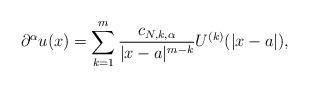
LaTeX: \begin{align*}{\partial^{\alpha}u(x)}=\sum_{k=1}^m\frac{c_{N,k,\alpha}}{|x-a|^{m-k}}U^{(k)}(|x-a|),\end{align*}